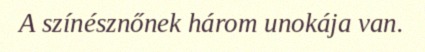
A színésznőnek három unokája van.